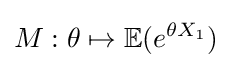
M:\theta \mapsto \mathbb {E} (e^{\theta X_{1}})